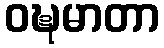
ဝဍ္ဎမာတာ